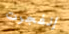
إنفجرت